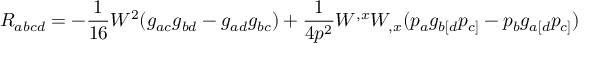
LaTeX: R _ { a b c d } = - \frac { 1 } { 1 6 } W ^ { 2 } ( g _ { a c } g _ { b d } - g _ { a d } g _ { b c } ) + \frac { 1 } { 4 p ^ { 2 } } W ^ { , x } W _ { , x } ( p _ { a } g _ { b [ d } p _ { c ] } - p _ { b } g _ { a [ d } p _ { c ] } )